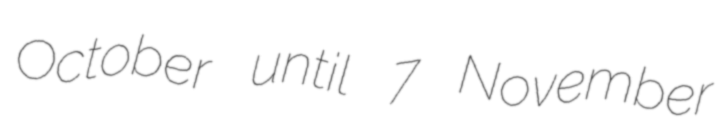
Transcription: October until 7 November